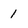
Character: 1